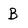
Character: B